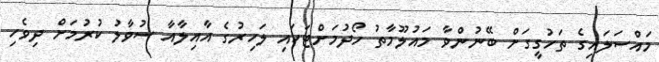
މައްސަލައިގެ ތަހުގީގަށް ބޭނުންވާ މައުލޫމާތު ހޯދުމަށްޓަކައި ލަހިރުގެ އާއިލާއާ ސުވާލު ކުރުމަށް ދިވެހި